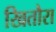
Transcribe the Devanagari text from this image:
खितौरा